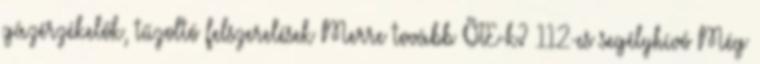
gázérzékelők, tűzoltó felszerelések Merre tovább ÖTE-k? 112-es segélyhívó Még